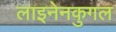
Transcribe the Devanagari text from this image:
लाइनेनकुगल